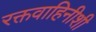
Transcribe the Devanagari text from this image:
रक्तवाहिनीशी